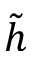
\tilde { h }